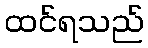
ထင်ရသည်